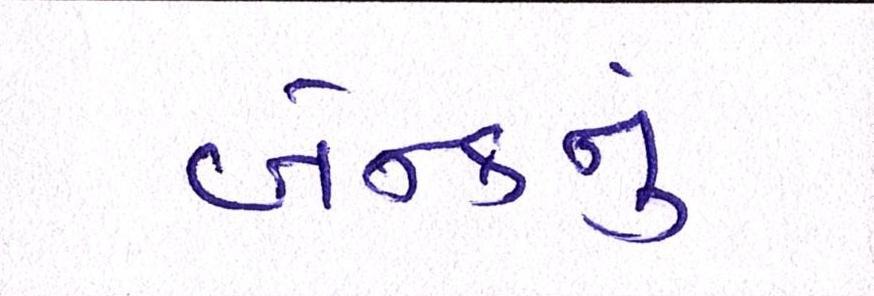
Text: બેન્કનું